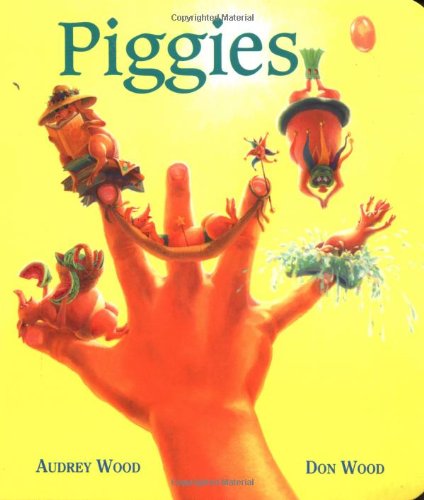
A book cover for Piggies; Audrey Wood; Children's Books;